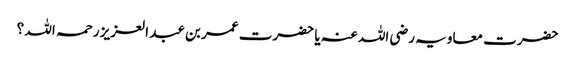
حضرت معاویہ رضی اللہ عنہ یا حضرت عمر بن عبد العزیز رحمہ اللہ ؟